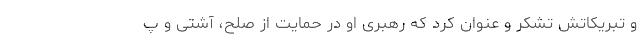
و تبریکاتش تشکر و عنوان کرد که رهبری او در حمایت از صلح، آشتی و پ